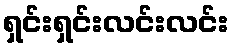
ရှင်းရှင်းလင်းလင်း